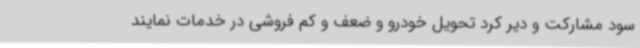
سود مشارکت و دیر کرد تحویل خودرو و ضعف و کم فروشی در خدمات نمایند